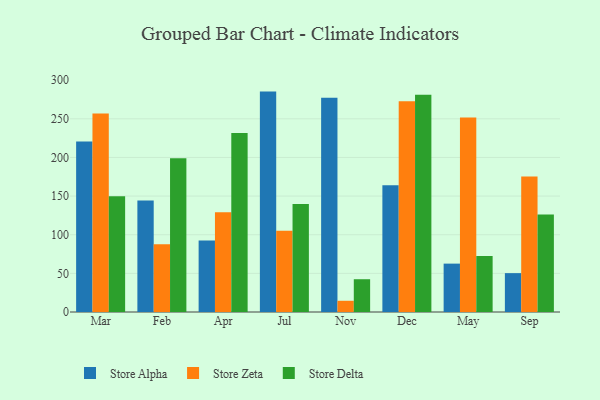
{"axis": {"x": "Month", "y": "Humidity (%)"}, "legend": ["Store Alpha", "Store Delta", "Store Zeta"], "data": [{"x": "Mar", "y": 220.7, "type": "Store Alpha"}, {"x": "Mar", "y": 256.9, "type": "Store Zeta"}, {"x": "Mar", "y": 149.8, "type": "Store Delta"}, {"x": "Feb", "y": 144.4, "type": "Store Alpha"}, {"x": "Feb", "y": 87.6, "type": "Store Zeta"}, {"x": "Feb", "y": 199.1, "type": "Store Delta"}, {"x": "Apr", "y": 92.4, "type": "Store Alpha"}, {"x": "Apr", "y": 129.0, "type": "Store Zeta"}, {"x": "Apr", "y": 231.5, "type": "Store Delta"}, {"x": "Jul", "y": 285.2, "type": "Store Alpha"}, {"x": "Jul", "y": 105.1, "type": "Store Zeta"}, {"x": "Jul", "y": 139.9, "type": "Store Delta"}, {"x": "Nov", "y": 277.4, "type": "Store Alpha"}, {"x": "Nov", "y": 14.5, "type": "Store Zeta"}, {"x": "Nov", "y": 42.4, "type": "Store Delta"}, {"x": "Dec", "y": 164.1, "type": "Store Alpha"}, {"x": "Dec", "y": 272.8, "type": "Store Zeta"}, {"x": "Dec", "y": 281.1, "type": "Store Delta"}, {"x": "May", "y": 62.6, "type": "Store Alpha"}, {"x": "May", "y": 251.6, "type": "Store Zeta"}, {"x": "May", "y": 72.4, "type": "Store Delta"}, {"x": "Sep", "y": 50.3, "type": "Store Alpha"}, {"x": "Sep", "y": 175.3, "type": "Store Zeta"}, {"x": "Sep", "y": 126.2, "type": "Store Delta"}]}